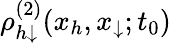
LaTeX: \rho_{h\downarrow}^{(2)}(x_{h},x_{\downarrow};t_{0})